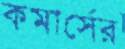
কমার্সের